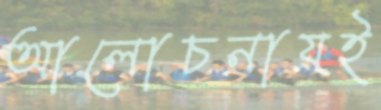
আলোচনায়ই